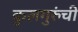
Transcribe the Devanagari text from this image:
कुलगुरुंची